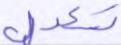
تعدل